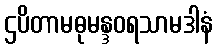
ဌပိတာမဓုမန္ဒဝရသာမဒါနံ